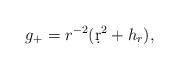
LaTeX: \begin{align*} g_+=r^{-2}(\d r^2+h_r),\end{align*}